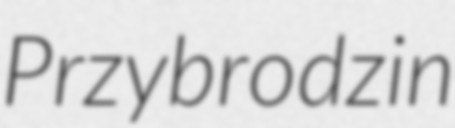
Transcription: Przybrodzin